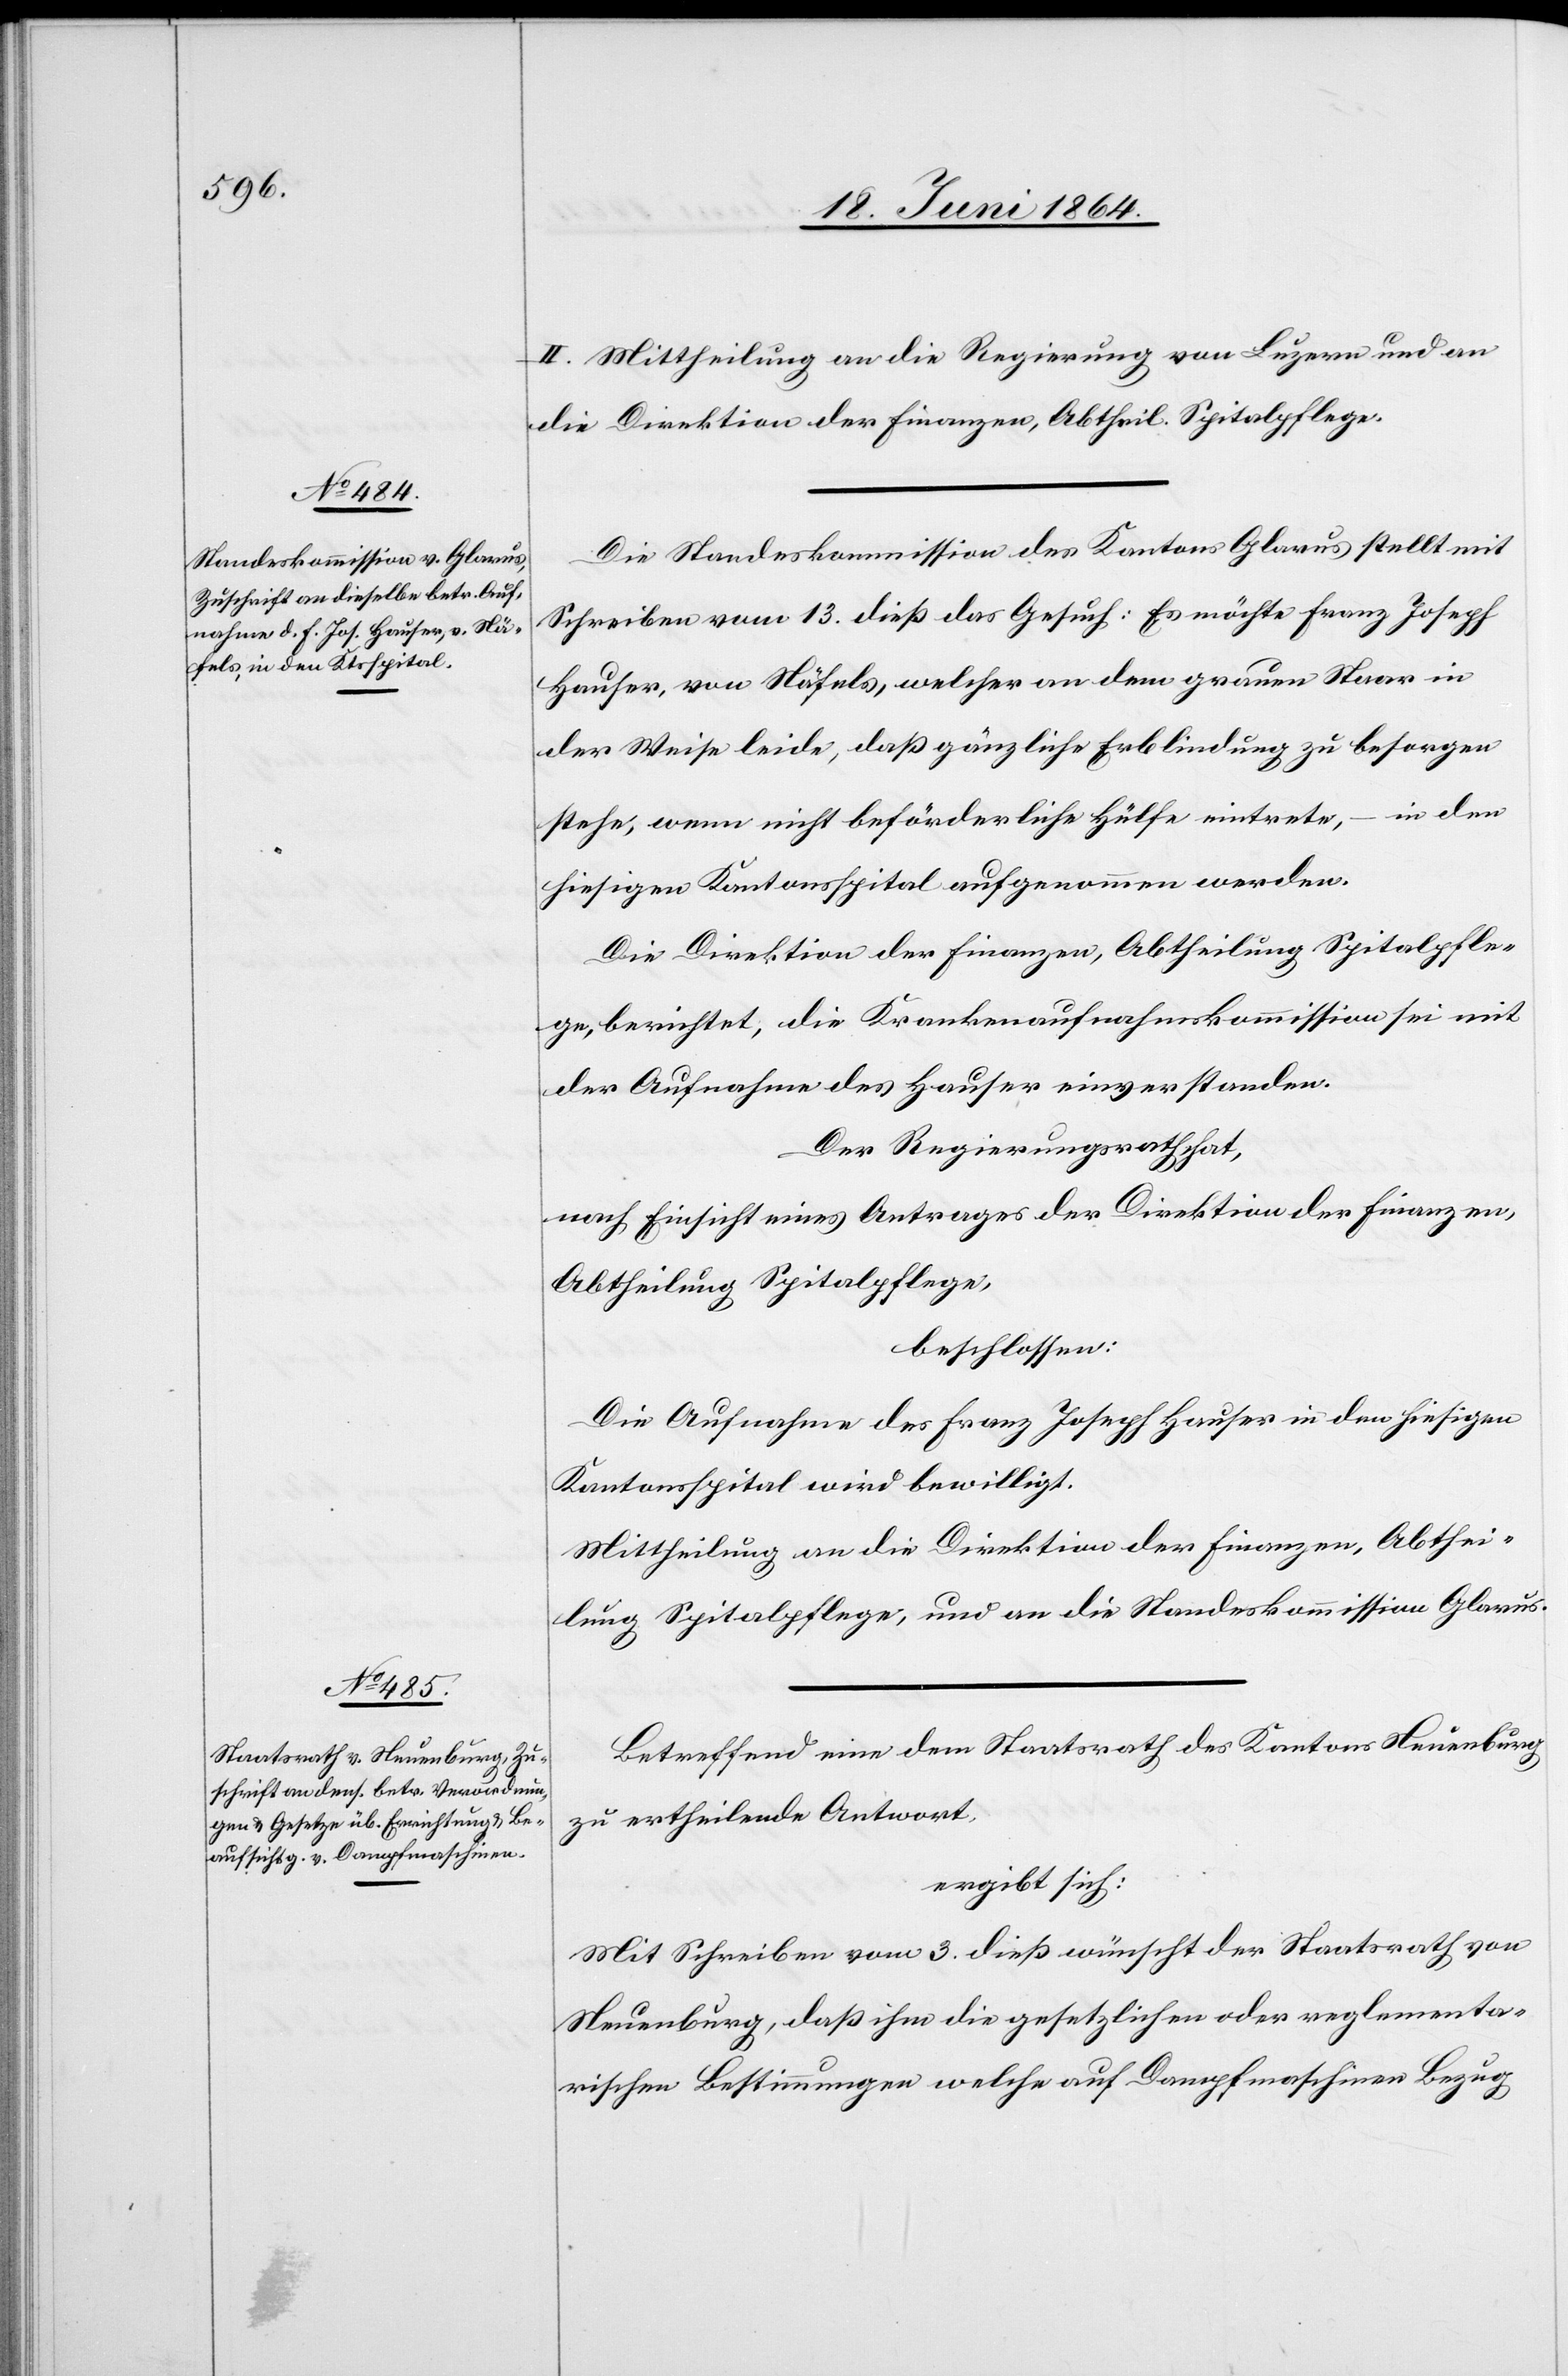
II. Mittheilung an die Regierung von Luzern und an
Die Standeskommission des Kantons Glarus stellt mit
Schreiben vom 13. dieß das Gesuch: Es möchte Franz Joseph
Hauser, von Näfels, welcher an dem grauen Staar in
der Weise leide, daß gänzliche Erblindung zu besorgen
stehe, wenn nicht beförderliche Hülfe eintrete, – in den
hiesigen Kantonsspital aufgenommen werden.
Die Direktion der Finanzen, Abtheilung Spitalpfle¬
ge, berichtet, die Krankenaufnahmskommission sei mit
der Aufnahme des Hauser einverstanden.
Der Regierungsrath hat,
nach Einsicht eines Antrages der Direktion der Finanzen,
Abtheilung Spitalpflege,
beschlossen:
Die Aufnahme des Franz Joseph Hauser in den hiesigen
Kantonsspital wird bewilligt.
Mittheilung an die Direktion der Finanzen, Abthei¬
lung Spitalpflege, und an die Standeskommission Glarus.
Betreffend eine dem Staatsrath des Kantons Neuenburg
zu ertheilende Antwort,
ergibt sich:
Mit Schreiben vom 3. dieß wünscht der Staatsrath von
Neuenburg, daß ihm die gesetzlichen oder reglementa¬
rischen Bestimmungen welche auf Dampfmaschinen Bezug